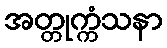
အတ္တုက္ကံသနာ